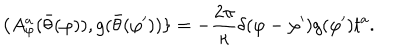
LaTeX: \{ A _ { \varphi } ^ { a } ( \bar { \theta } ( \varphi ) ) , g ( \bar { \theta } ( \varphi ^ { \prime } ) ) \} = - \frac { 2 \pi } { \kappa } \delta ( \varphi - \varphi ^ { \prime } ) g ( \varphi ^ { \prime } ) t ^ { a } .